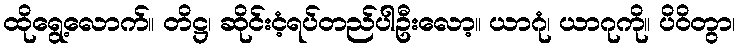
ထိုရွေ့လောက်။ တိဋ္ဌ၊ ဆိုင်းငံ့ရပ်တည်ပါဦးလော့။ ယာဂုံ၊ ယာဂုကို။ ပိဝိတွာ၊